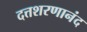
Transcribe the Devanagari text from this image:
दत्तशरणानंद